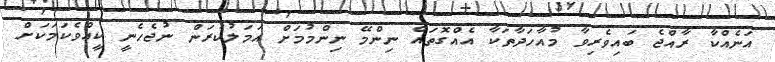
އަނެއްކާ ރާއްޖެ ބައިވެރިވާ މުއާހަދާތަކާ އެއްގޮތައް ނިންމޭ ނިންމުމަށް އަމަލުކުރަން ނުޖެހެނީ ކީއްވެކަމަކަށް